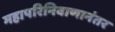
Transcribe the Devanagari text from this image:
महापरिनिवाणानंतर